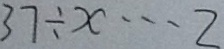
3 7 \div x \cdots 2